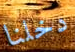
دخلنا